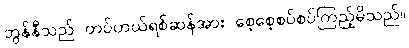
ဘွန်နီသည် တပ်ဟယ်ရစ်ဆန်အား စေ့စေ့စပ်စပ်ကြည့်မိသည်။